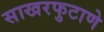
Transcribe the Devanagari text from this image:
साखरफुटाणे